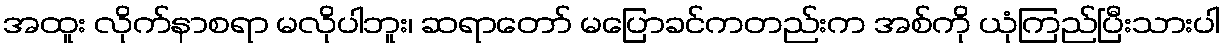
အထူး လိုက်နာစရာ မလိုပါဘူး၊ ဆရာတော် မပြောခင်ကတည်းက အစ်ကို ယုံကြည်ပြီးသားပါ